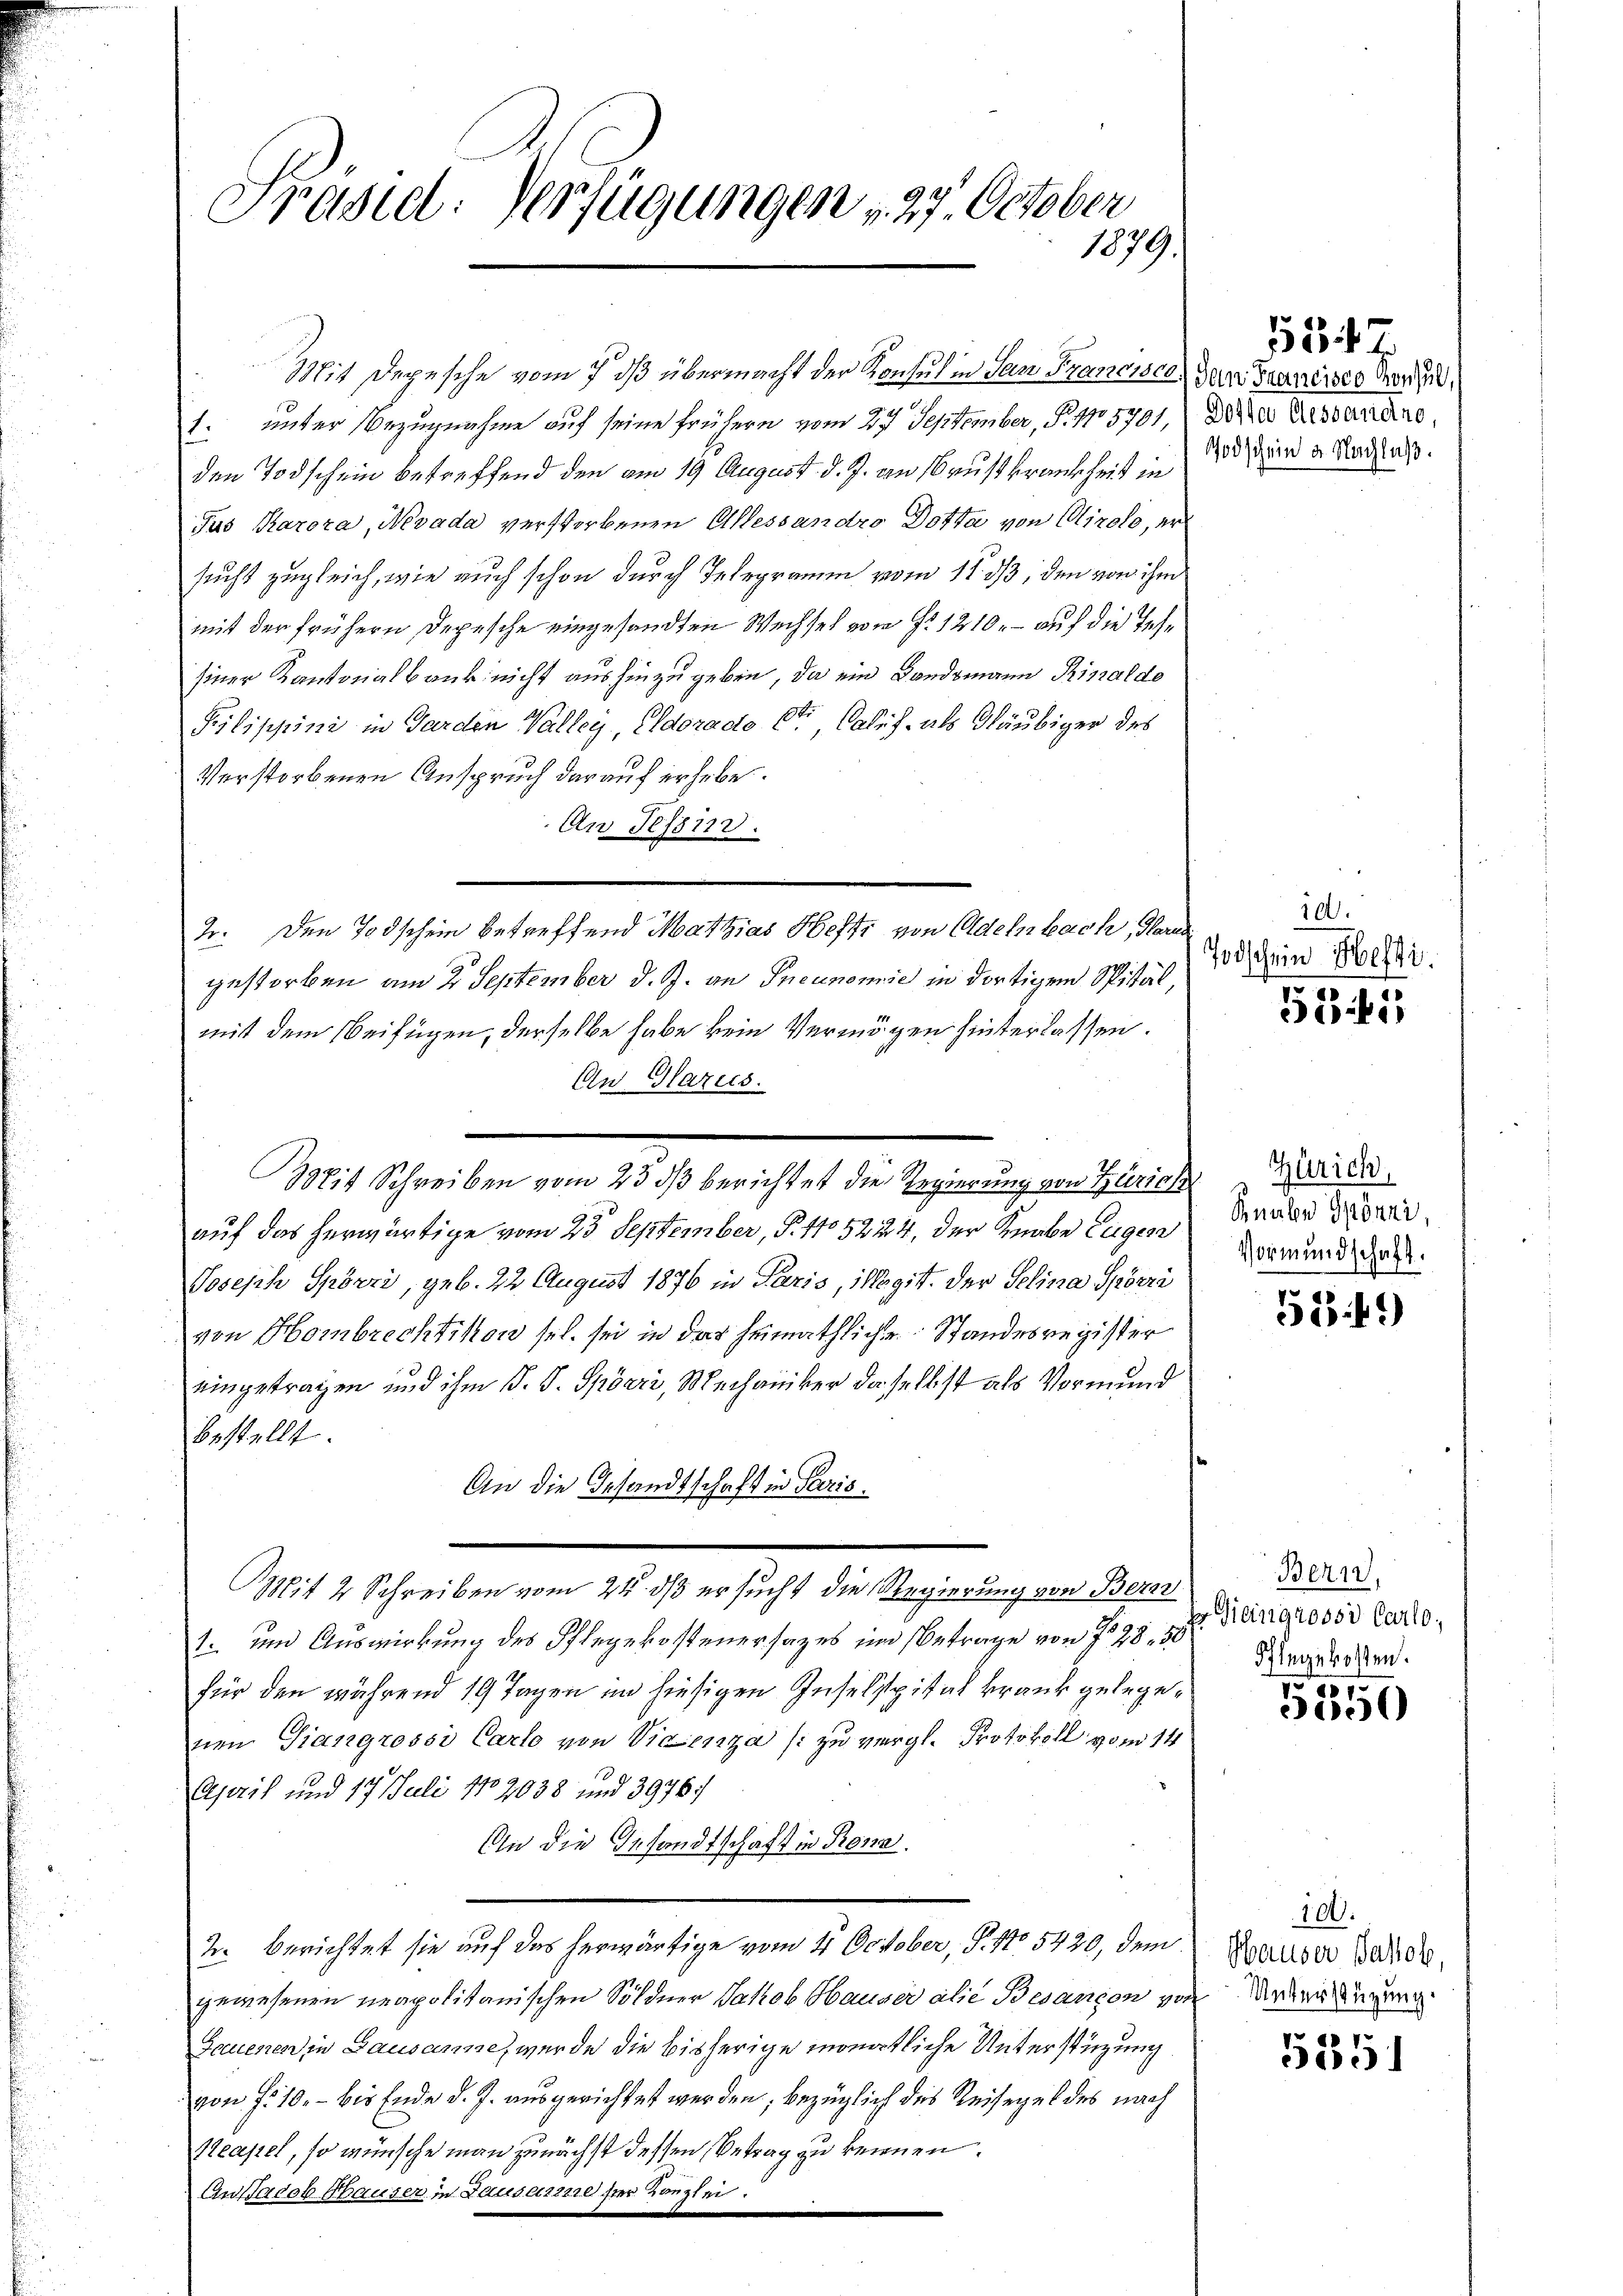
Präsiel. Verfügungen 27. October
1879.

1. unter Bezugnahme auf seine frühern vom 27 September, P. No 5701. Die Anstandere,
den Todschein betreffend den am 19 August d. J. an Brustkrankheit in 100 und a. Nachlaß.
Jus Karora, Nevada verstorbenen Allessandro Dotta von Airolo, er
sucht zugleich, wie auch schon durch Telegramm vom 11. ds, den von ihm
mit der frühern Depesche eingesandten Wechsel von §. 1210, – auf die Techsiner Kantonalbank nicht aus hinzugeben, da ein Bandsmann Rinalde
Pilippini in Garden Valley, Eldorado 6te, Calis, als Gläubiger des
Verstorbenen Anspruch der auf erhebe.
An Tessin.
2. Den Todschein betreffend Mathias Hefte von Oldenbach, Harad
gestorben am 2. September d. J. an Pneunomie in dortigem Spitäl,
mit dem Beifügen, derselbe habe kein Vermögen hinterlassen.
An Glarus.
Mit Schreiben vom 23 dß berichtet die Regierung von Zürich
auf das herwärtige vom 25 September, P. No 5224, der Knabe Eugen
Joseph Spörri, geb. 22 August 1876 in Paris, igit. der Selina Spörri
von Hombrechtikon sel. sei in das heimathliche Standesregister
eingetragen und ihm P. J. Spörri, Mechaniker daselbst als Vormund
bestellt.
An die Gesandtschaft in Paris
Mit 2 Schreiben vom 24. ds ersucht die Regierung von Bern
1 um Auswirkung des Pflegekostenersages um Betrage von 7 28. 55
für den während 19 Tagen im hiesigen Inselspital krank gelegenen Giangrossi Carlo von Vicenza /: zu vergl. Protokoll vom 14.
April und 17 Juli 182038 und 39767
An die Gesandtschaft in Prona.
2. Berichtet sie auf das herwärtige vom 11. October, S. 47. 5420, dem
gewesenen neapolitanischen Söldner Jakob Hauser alie Besançon von Meden Regung
Gauenen in Lausanne, wurde die bisherige monatliche Unterstüzung
von f. 10. — bis Ende d. J. ausgerichtet werden, bezüglich des Reisegel des nach
Neapel, so wünsche man zunächst dessen Betrag zu kennen.
Au Jacob Hauser in Lausarne ser Kanzlei.

Mit Depesche vom 7. dβ übermacht der Konsul in San Francier, der Garnisses Vers

1347

10.
Todschein Hefti

533 f 15

Zürich,
Knabe sponni,
Vormundschaft.

549)

Bern,
Er Gieingrossi Carlo,
Schlegekosten.

5
3000

100.
Hauser Jakob,

535